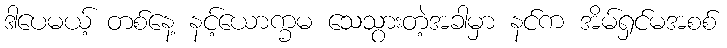
ဒါပေမယ့် တစ်နေ့ နင့်ယောက္ခမ သေသွားတဲ့အခါမှာ နင်က အိမ်ရှင်မအစစ်